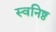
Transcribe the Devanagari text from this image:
स्वनिष्ठ